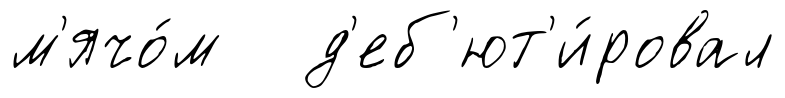
м'ячо́м д'еб'ют'и́ровал